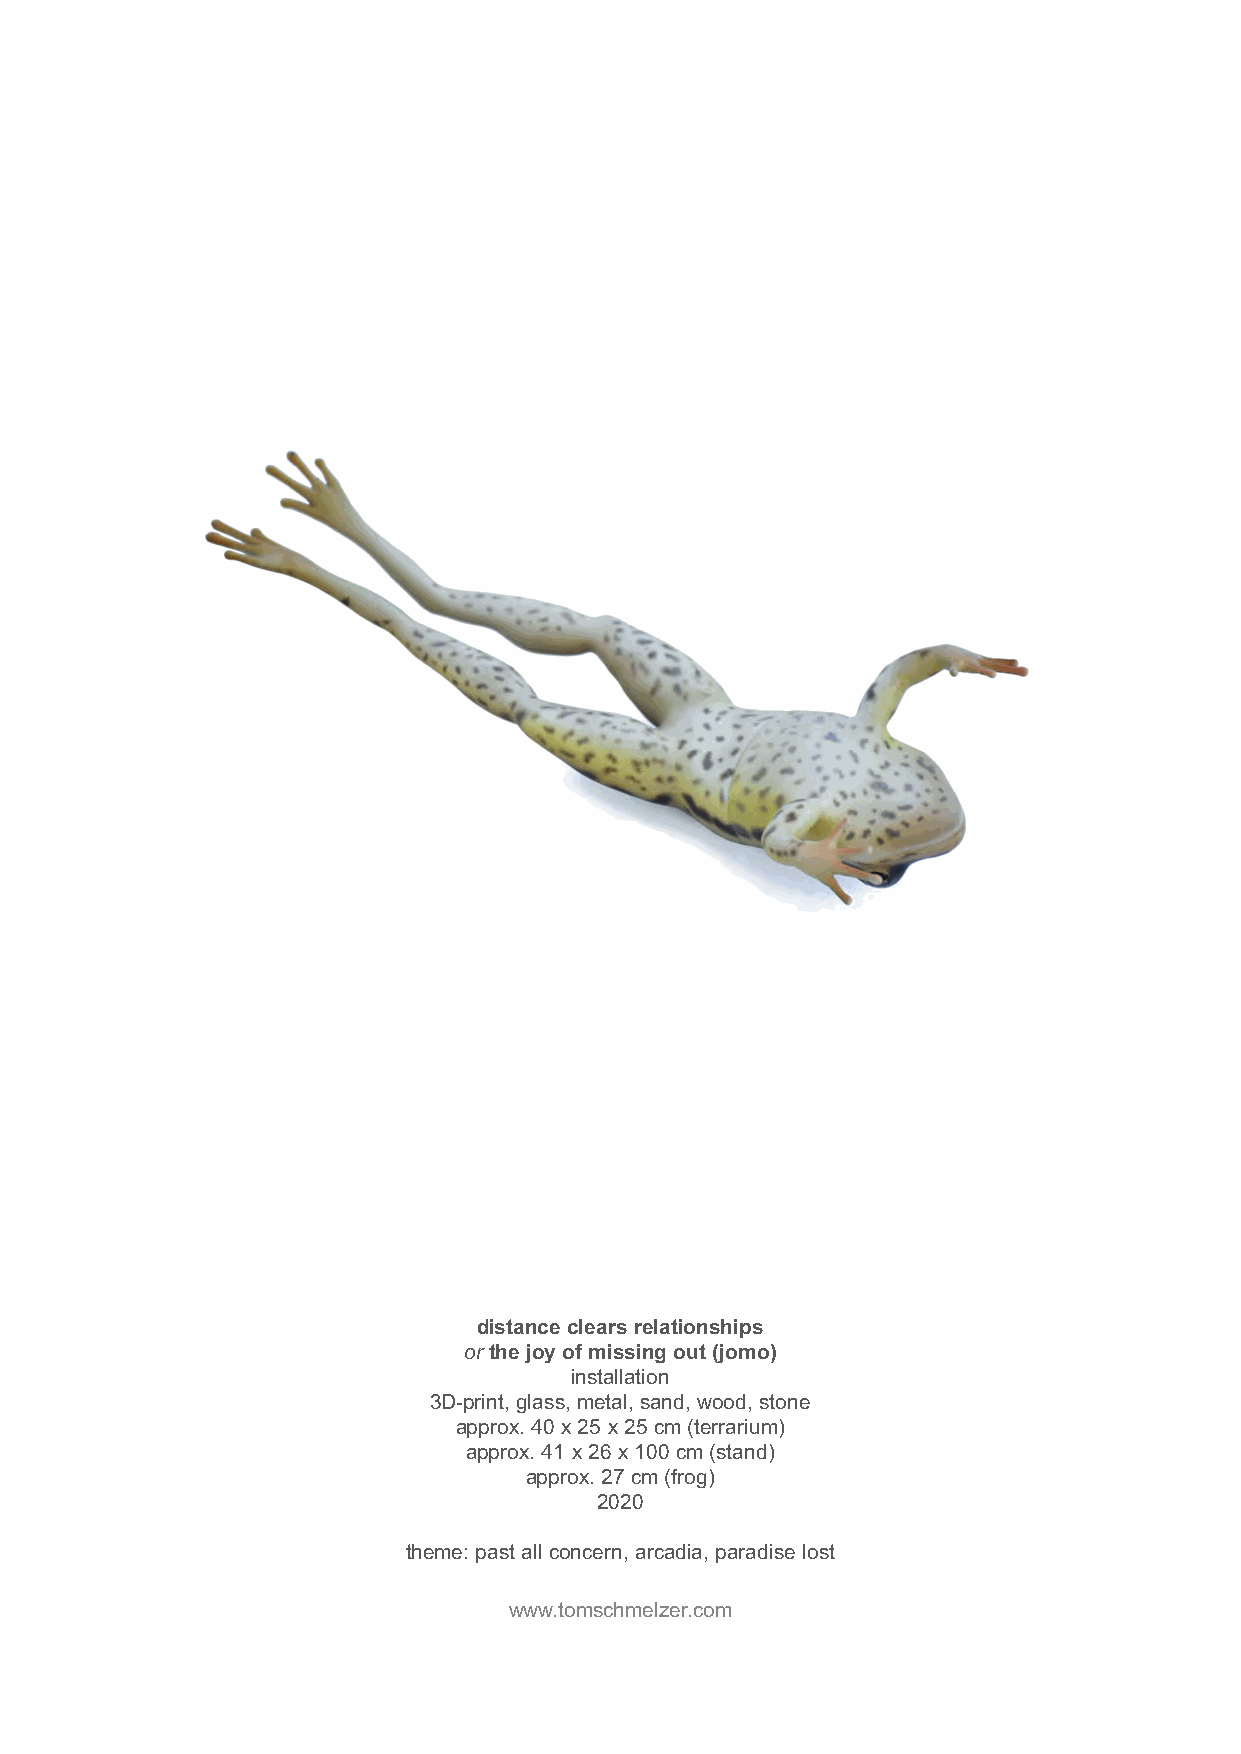
distance clears relationships
 or the joy of missing out (jomo)
 installation
 3D-print, glass, metal, sand, wood, stone
 approx. 40 x 25 x 25 cm (terrarium)
 approx. 41 x 26 x 100 cm (stand)
 approx. 27 cm (frog)
 2020
 theme: past all concern, arcadia, paradise lost
 www.tomschmelzer.com